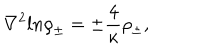
{ \nabla } ^ { 2 } l n { \rho } _ { \pm } = { \pm } { \frac { 4 } { \kappa } } { \rho } _ { \pm } ,